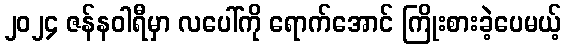
၂၀၂၄ ဇန်နဝါရီမှာ လပေါ်ကို ရောက်အောင် ကြိုးစားခဲ့ပေမယ့်